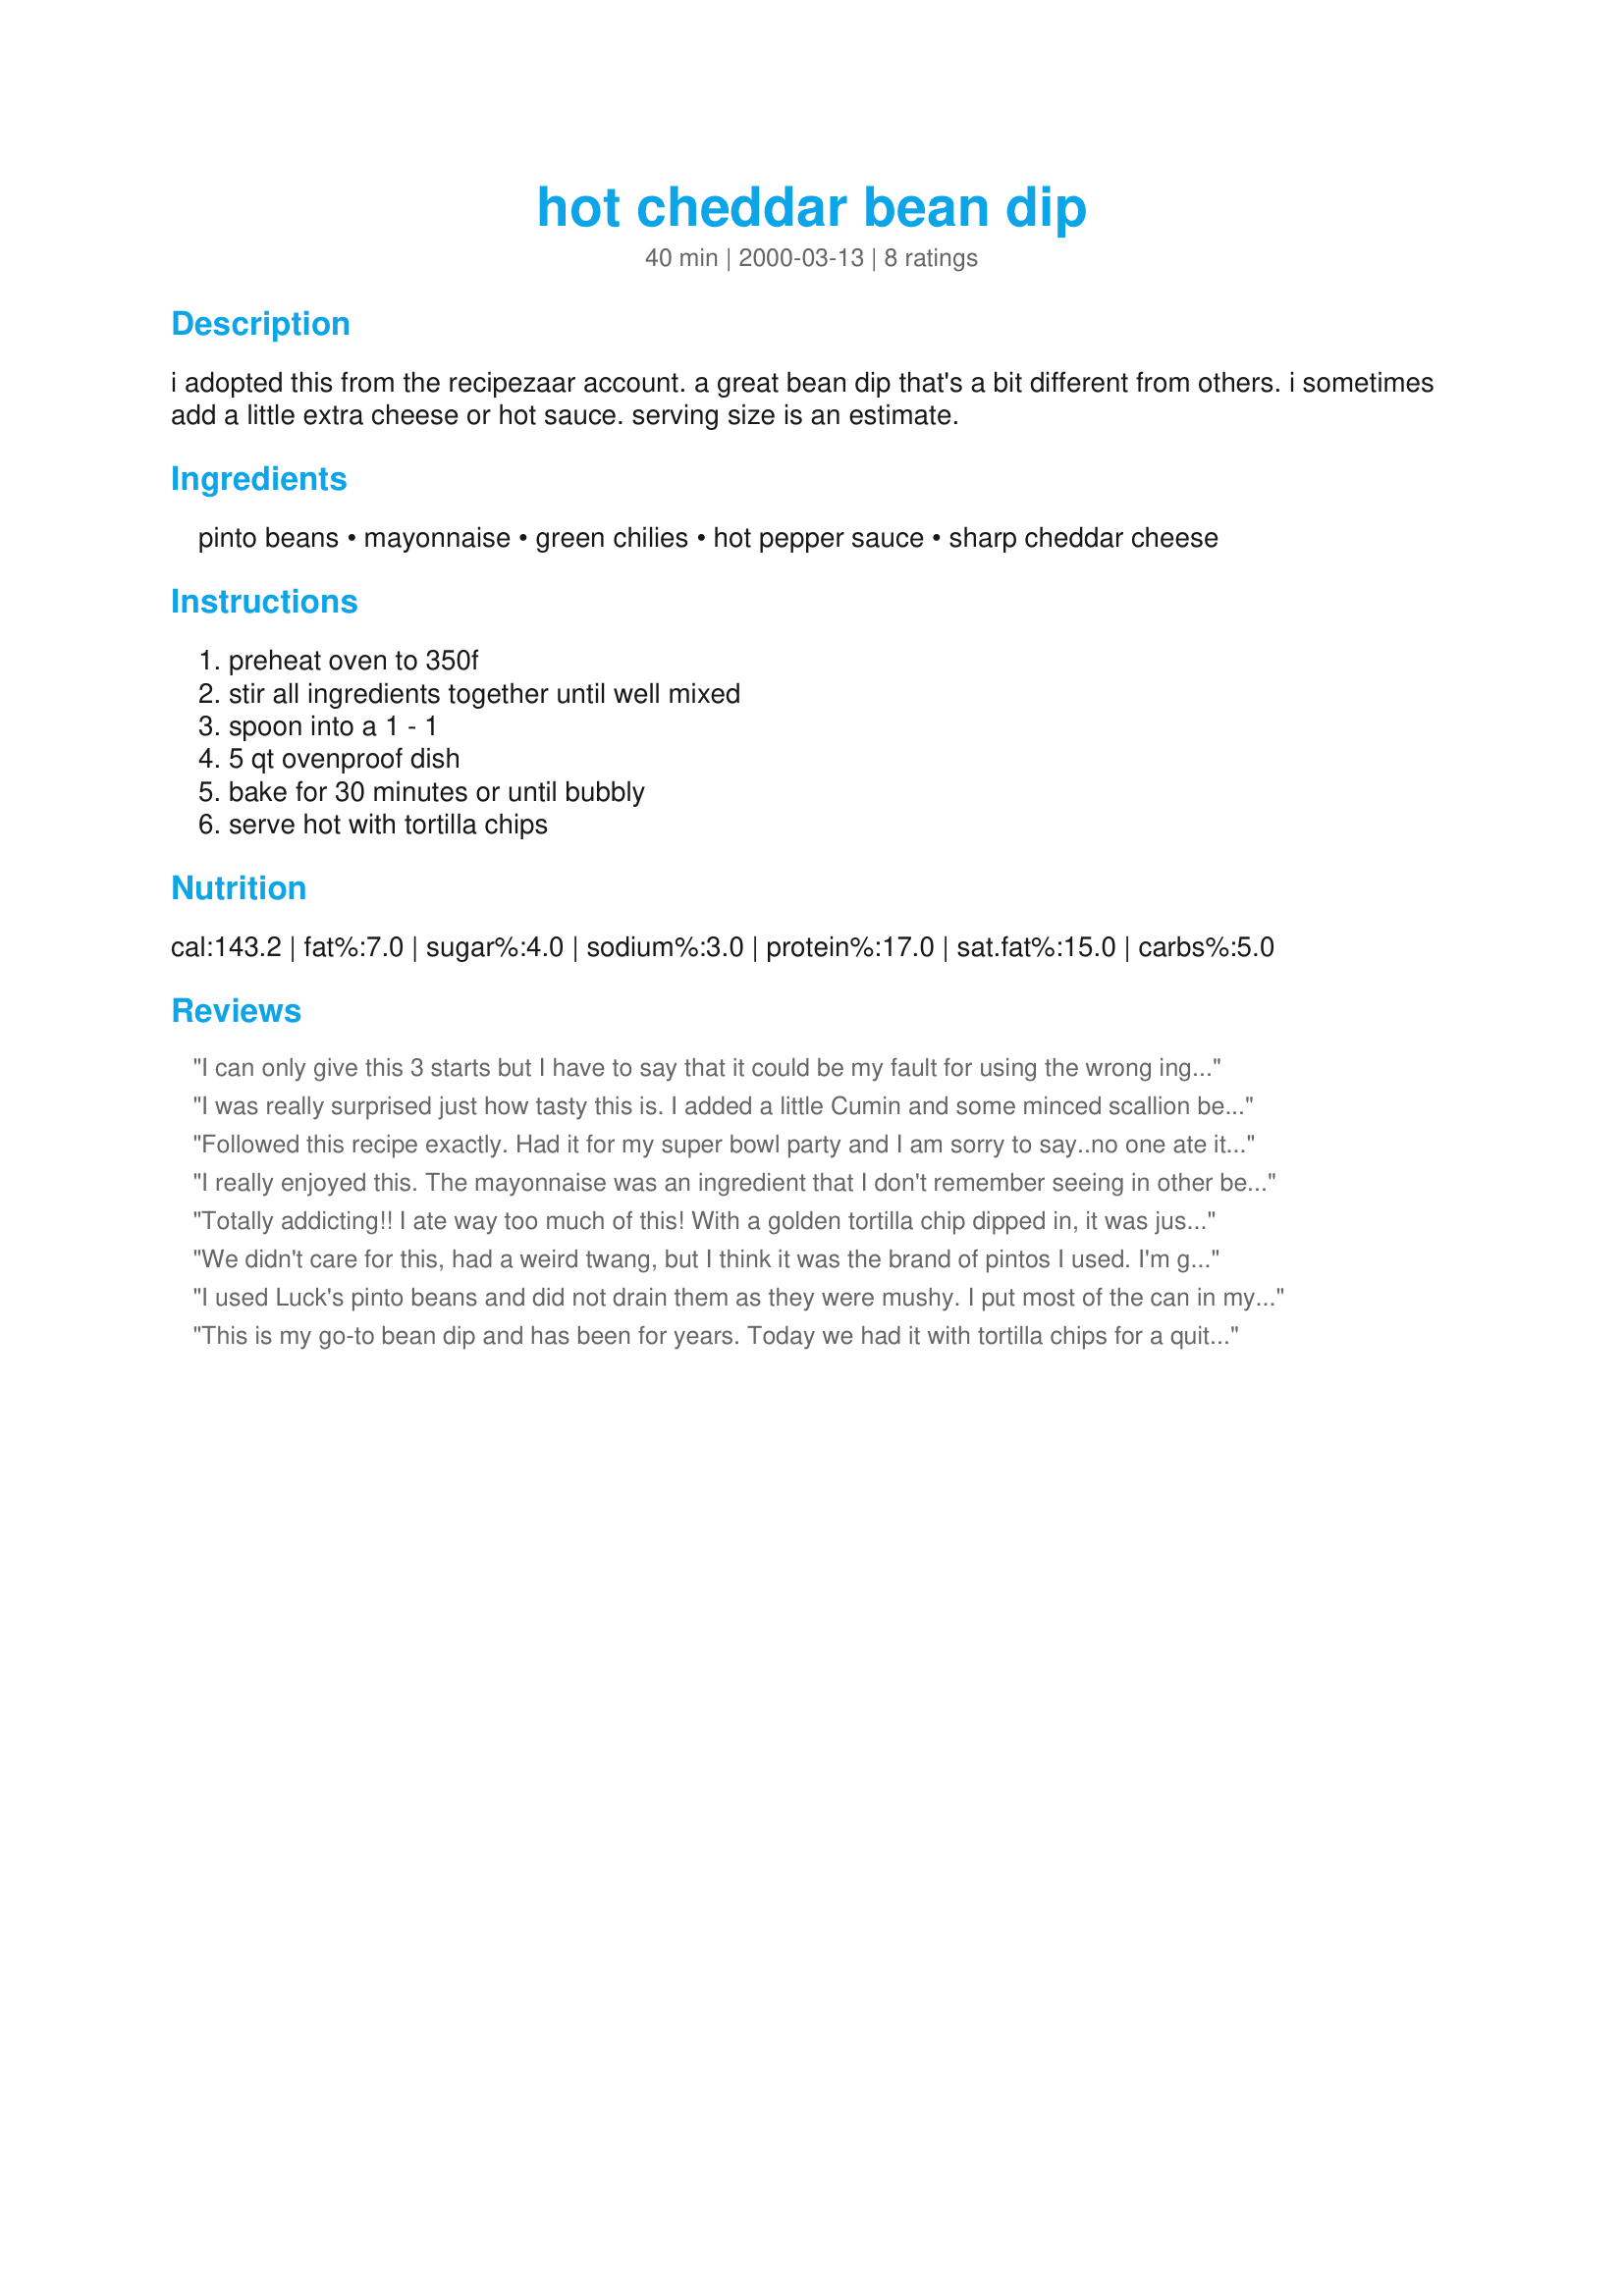
hot cheddar bean dip
Preparation time: 40 minutes

i adopted this from the recipezaar account. a great bean dip that's a bit different from others. i sometimes add a little extra cheese or hot sauce. serving size is an estimate.

Ingredients:
pinto beans, mayonnaise, green chilies, hot pepper sauce, sharp cheddar cheese

Steps:
preheat oven to 350f, stir all ingredients together until well mixed, spoon into a 1 - 1, 5 qt ovenproof dish, bake for 30 minutes or until bubbly, serve hot with tortilla chips

Reviews:
I can only give this 3 starts but I have to say that it could be my fault for using the wrong ingredients. All I had was fat-free cheddar so that's what I used and as a result, I felt the dip was really pretty bland. I think the recipe lends itself well to modifications based on taste so I will try it again using either a sharp cheddar (as directed) or possibly pepperjack.

I mixed the ingredients together in a food processor to ensure consistency and for ease of preparation.
I was really surprised just how tasty this is. I added a little Cumin and some minced scallion because we don't use chilies or pepper sauce. Next time I'm adding chopped black olives and perhaps some chopped drained rotel tomatoes. Very versatile! Thanks!
Followed this recipe exactly. Had it for my super bowl party and I am sorry to say..no one ate it. People tried it but did not finish it. I will make it again and play around with it.
I really enjoyed this. The mayonnaise was an ingredient that I don't remember seeing in other bean dip recipes. It added a nice smoothness. I used a fresh Anaheim chile (the 4 oz size seemed to refer to canned) and I liked what it brought to the dish - I would definitely recommend it. I made this for supper one night, and DH complained about that use (due to lack of meat) - I found it satisfying and filling. I will definitely use this recipe for a gathering as an appetizer. I really liked it with Tostitos gold tortilla chips, but it is not so heavy that a thinner chip wouldn't work just fine.
Totally addicting!! I ate way too much of this! With a golden tortilla chip dipped in, it was just amazing! Will definitely be making this again!
We didn't care for this, had a weird twang, but I think it was the brand of pintos I used. I'm going to try it again using a better brand of beans.
I used Luck's pinto beans and did not drain them as they were mushy. I put most of the can in my food processor and processed till fairly smooth. Placed them in a bowl and stirred in the rest of the can of beans. I did this just to have a few chunks for texture. Other ingredients were added as per the recipe, using mild cheddar cheese. DH had slices of jalapenos with his. This is a very good bean dip, not unlike the store bought kind, but much better, fresher tasting! The chiles really give it a good flavor. You can't go wrong with this dip. The great thing about this recipe is that you can adjust the hot sauce and the cheesiness to your taste! DH and I really enjoyed this! Thanks flower7!
This is my go-to bean dip and has been for years. Today we had it with tortilla chips for a quite-filling-enough lunch. It's so adaptable; I've used black beans along with the pinto beans, and Monterey Jack cheese instead of cheddar, etc. I usually put the beans into a large bowl and use a potato masher to break them down, which still leaves a nice amount of texture to them. I can't remember a single time over the years that this dip didn't fly out of the dish...it's that wonderful!
